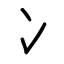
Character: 冫